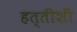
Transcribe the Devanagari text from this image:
हत्तीशी